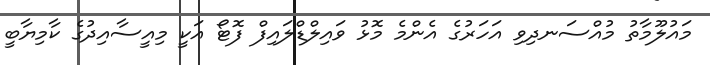
މައުލޫމާތު މުއްސަނދިވި އަހަރުގެ އެންމެ މޮޅު ވައިލްޑްލައިފް ފޮޓޯ އަކީ މިއީސާއިދުގެ ކާމިޔާބީ